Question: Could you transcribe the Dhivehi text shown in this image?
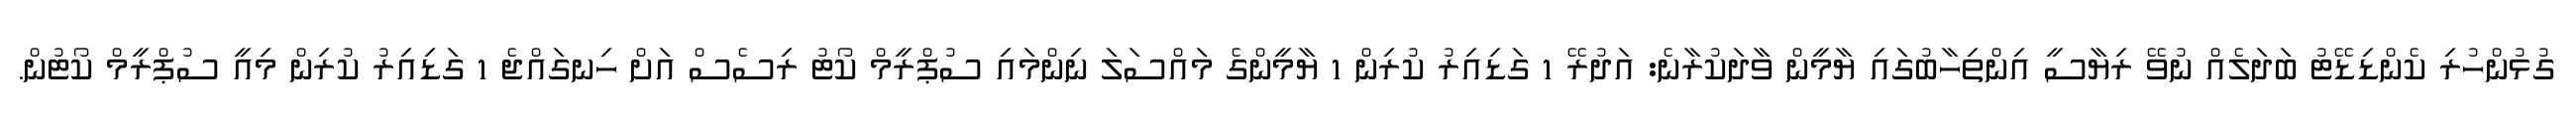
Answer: ގުޅުންހުރި ކެންޑިޑޭޓު ބަދަލެއް ނުވޭ ރިޔާސީ އިންތިހާބުގައި ޔާމީން ވާދަކުރާނެ: އަދުރޭ 1 ގަޑިއިރު ކުރިން 1 ޔާމީންގެ މައްސަލަ ނިންމައި ސުޕްރީމް ކޯޓު ރިސެސް އަށް ހިނގައްޖެ 1 ގަޑިއިރު ކުރިން މިއީ ސުޕްރީމް ކޯޓުން.